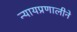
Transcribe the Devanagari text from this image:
न्यायप्रणालीने